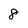
Character: 8